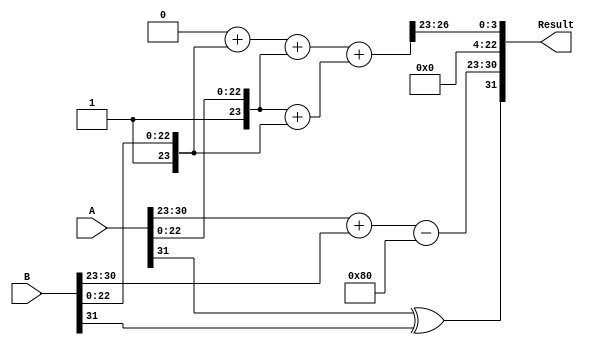
module radix4_fp_multiplier #(
    parameter e = 8, // Number of exponent bits
    parameter m = 23 // Number of significand bits
)(
    input wire [e + m:0] A, // First floating-point operand (sign + exponent + significand)
    input wire [e + m:0] B, // Second floating-point operand (sign + exponent + significand)
    output reg [e + m:0] Result // Resulting floating-point product
);

    // Internal signals
    wire sign_A = A[e + m]; // Sign bit of A
    wire sign_B = B[e + m]; // Sign bit of B
    wire [e - 1:0] exp_A = A[e + m - 1:e + m - e]; // Exponent of A
    wire [e - 1:0] exp_B = B[e + m - 1:e + m - e]; // Exponent of B
    wire [m:0] mant_A = {1'b1, A[m - 1:0]}; // Significand of A with implied leading 1
    wire [m:0] mant_B = {1'b1, B[m - 1:0]}; // Significand of B with implied leading 1

    // Calculate the sign of the result
    wire sign_result = sign_A ^ sign_B;

    // Calculate the exponent of the result
    wire [e:0] exp_result = (exp_A + exp_B) - (1 << (e - 1)); // Bias adjustment

    // Radix-4 multiplication
    reg [m + m:0] pp[0:3]; // Partial products
    reg [m + m:0] product; // Final product of significands

    always @(*) begin
        // Generate partial products based on Radix-4
        pp[0] = 0; // 00 -> 0
        pp[1] = mant_B; // 01 -> B
        pp[2] = mant_A; // 10 -> A
        pp[3] = mant_A + mant_B; // 11 -> A + B

        // Combine partial products
        product = pp[0] + pp[1] + pp[2] + pp[3];
    end

    // Normalization of product
    reg [m:0] normalized_mant;
    reg [e:0] normalized_exp;
    
    always @(*) begin
        // Check if normalization is needed
        if (product[m + m] == 1) begin // If the product is greater than or equal to 2
            normalized_mant = product[m + m - 1:m + m - m + 1]; // Shift right
            normalized_exp = exp_result + 1; // Increase exponent
        end else begin
            normalized_mant = product[m + m - 1:m + m - m]; // Keep as is
            normalized_exp = exp_result; // Keep exponent
        end
    end

    // Rounding (simple round-to-nearest even)
    reg [m:0] rounded_mant;
    always @(*) begin
        if (normalized_mant[m] == 1) begin
            rounded_mant = normalized_mant + 1; // Round up
        end else begin
            rounded_mant = normalized_mant; // No rounding
        end
    end

    // Final output assembly
    always @(*) begin
        Result = {sign_result, normalized_exp[e - 1:0], rounded_mant[m - 1:0]};
    end

endmodule